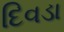
દિવડા